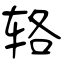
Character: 辂